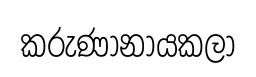
කරුණානායකලා